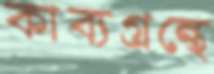
কাব্যগ্রন্থে